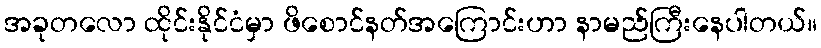
အခုတလော ထိုင်းနိုင်ငံမှာ ဖိစောင်နတ်အကြောင်းဟာ နာမည်ကြီးနေပါတယ်။